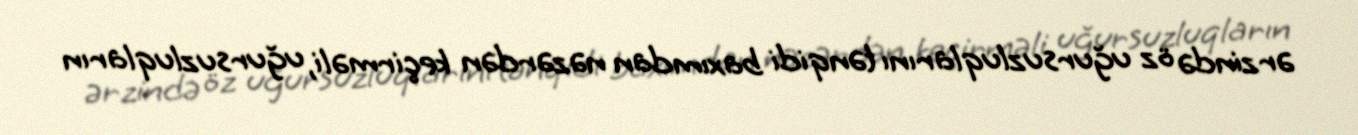
ərzində öz uğursuzluqlarını tənqidi baxımdan nəzərdən keçirməli, uğursuzluqların